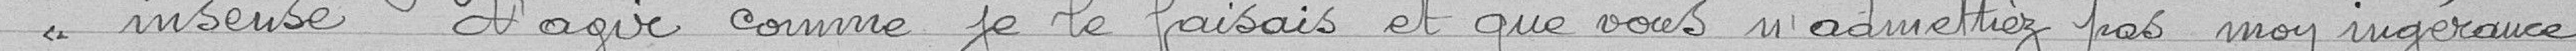
"insensé d'agir comme je le faisais et que vous n'admettiez pas mon ingérence